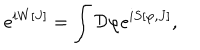
e ^ { i W [ J ] } = \int { \cal D } \varphi e ^ { i S [ \varphi , J ] } ,